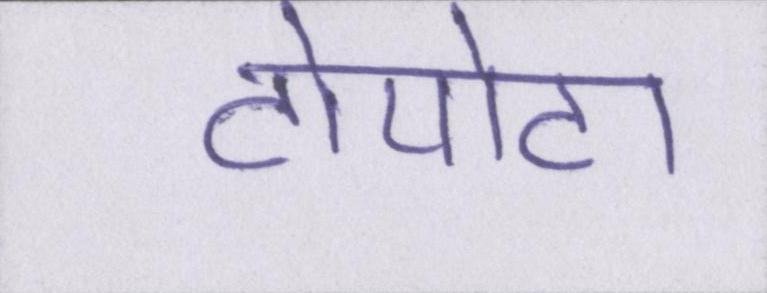
टोयोटा